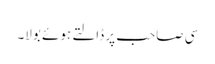
سی صاحب پر ڈالتے ہوئے بولا۔